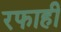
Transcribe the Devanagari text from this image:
रफाही